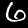
Label: 6